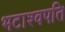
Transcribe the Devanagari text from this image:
भटाश्वपति